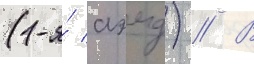
(1-я́ аэмд) // В